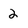
Character: 2